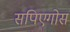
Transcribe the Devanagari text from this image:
सपिएगोस